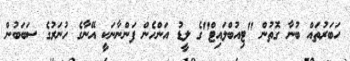
ހަބަރުތައް ބުނާ ގޮތުން "ޓިއުބްލައިޓް"ގެ ލީޑު އަންހެން ފަންނާނަކީ އޭނާގެ ހުނަރުގެ ސަބަބުން